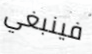
فينبغي